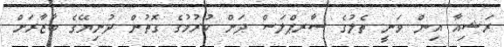
ރަޝިއާ އިން ވަނީ ތެލުގެ ސާރޕްލަސް ދަށް ކުރުމުގެ ގޮތުން ދުނިޔޭގެ ބާޒާރަށް